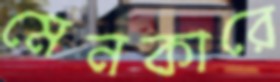
মেনকারে